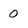
Character: 0